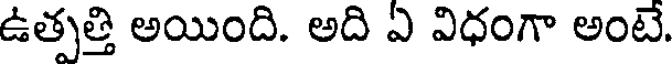
ఉత్పత్తి అయింది. అది ఏ విధంగా అంటే.